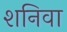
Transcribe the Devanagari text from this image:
शनिवा